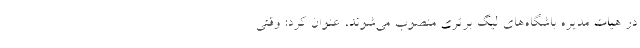
در هیات مدیره باشگاه‌های لیگ برتری منصوب می‌شوند، عنوان کرد: وقتی